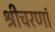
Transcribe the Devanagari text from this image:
श्रीचरणां